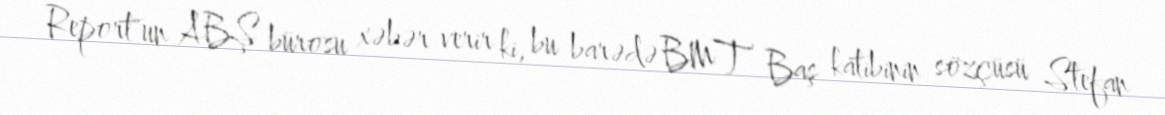
Report"un ABŞ bürosu xəbər verir ki, bu barədə BMT Baş katibinin sözçüsü Stefan